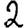
Digit: 2